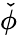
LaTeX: \check{\phi}